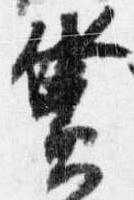
簀